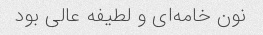
نون خامه‌ای و لطیفه عالی بود